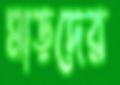
মাড়দের